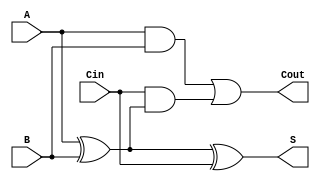
module RippleCarryFullAdder (
    input wire A,      // First binary input
    input wire B,      // Second binary input
    input wire Cin,    // Carry-in input
    output wire S,     // Sum output
    output wire Cout    // Carry-out output
);

// Intermediate signals
wire AB;            // A AND B
wire A_xor_B;      // A XOR B
wire Cin_xor_AB;   // Cin XOR (A XOR B)

// Compute the intermediate sum and carry-out
assign A_xor_B = A ^ B;               // A XOR B
assign S = A_xor_B ^ Cin;              // S = (A XOR B) XOR Cin
assign AB = A & B;                      // A AND B
assign Cin_xor_AB = Cin & A_xor_B;     // Cin AND (A XOR B)
assign Cout = AB | Cin_xor_AB;         // Cout = (A AND B) OR (Cin AND (A XOR B))

endmodule